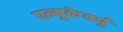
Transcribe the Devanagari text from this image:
एल्बुकेर्क्यु